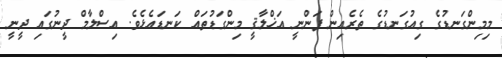
މިމިންގަނޑުގެ ގިއުގަނޑުގެ ތެރެއިން ފަންނީ އަޚްލާޤީ މިންގަޑުތައް ކަނޑައެޅެވެ. އިސްލާމް ދީނުގައި ދީނީ